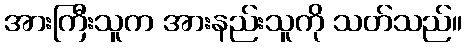
အားကြီးသူက အားနည်းသူကို သတ်သည်။